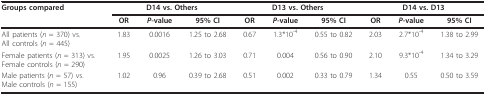
<table><thead><tr><td><b>Groups compared</b></td><td colspan="3"><b>D14 vs. Others</b></td><td colspan="3"><b>D13 vs. Others</b></td><td colspan="3"><b>D14 vs. D13</b></td></tr><tr><td></td><td><b>OR</b></td><td><b><i>P-</i>value</b></td><td><b>95% CI</b></td><td><b>OR</b></td><td><b><i>P-</i>value</b></td><td><b>95% CI</b></td><td><b>OR</b></td><td><b><i>P-</i>value</b></td><td><b>95% CI</b></td></tr></thead><tbody><tr><td>All patients (<i>n </i>= 370) vs.All controls (<i>n </i>= 445)</td><td>1.83</td><td>0.0016</td><td>1.25 to 2.68</td><td>0.67</td><td>1.3*10<sup>-4</sup></td><td>0.55 to 0.82</td><td>2.03</td><td>2.7*10<sup>-4</sup></td><td>1.38 to 2.99</td></tr><tr><td>Female patients (<i>n </i>= 313) vs.Female controls (<i>n </i>= 290)</td><td>1.95</td><td>0.0025</td><td>1.26 to 3.03</td><td>0.71</td><td>0.004</td><td>0.56 to 0.90</td><td>2.10</td><td>9.3*10<sup>-4</sup></td><td>1.34 to 3.29</td></tr><tr><td>Male patients (<i>n </i>= 57) vs.Male controls (<i>n </i>= 155)</td><td>1.02</td><td>0.96</td><td>0.39 to 2.68</td><td>0.51</td><td>0.002</td><td>0.33 to 0.79</td><td>1.34</td><td>0.55</td><td>0.50 to 3.59</td></tr></tbody></table>